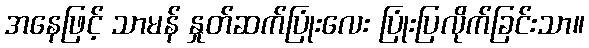
အနေဖြင့် သာမန် နှုတ်ဆက်ပြုံးလေး ပြုံးပြလိုက်ခြင်းသာ။